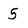
Character: 5